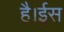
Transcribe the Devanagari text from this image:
है।ईस